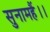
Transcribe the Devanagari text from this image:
सुनामहैं।।